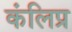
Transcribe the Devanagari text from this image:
कंलिप्र